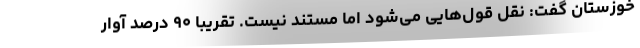
خوزستان گفت: نقل قول‌هایی می‌شود اما مستند نیست. تقریبا ۹۰ درصد آوار